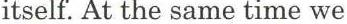
itself. At the same time we